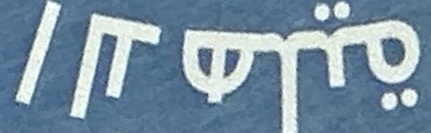
الاهلیة